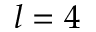
l = 4